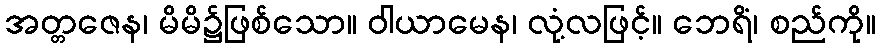
အတ္တဇေန၊ မိမိ၌ဖြစ်သော။ ဝါယာမေန၊ လုံ့လဖြင့်။ ဘေရိံ၊ စည်ကို။